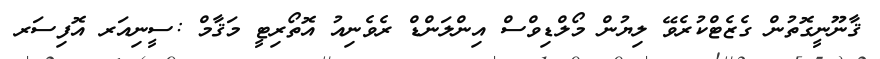
ޤާނޫނީގޮތުން ގެޒެޓްކުރެވޭ ލިޔުން މޯލްޑިވްސް އިންލަންޑް ރެވެނިއު އޮތޯރިޓީ މަޤާމް :ސީނިއަރ އޮފިސަރ